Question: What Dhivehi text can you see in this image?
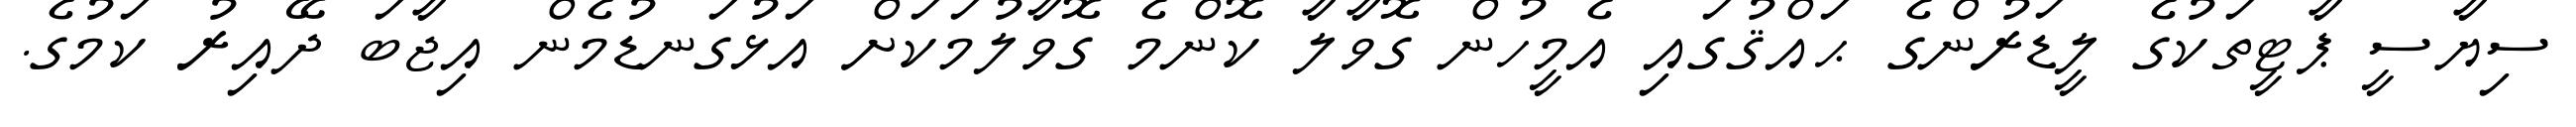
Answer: ސިޔާސީ ޕާޓީތަކުގެ ލީޑަރުންގެ ޙައްޤުގައި އެމީހުން ގޮވާލާ ކޮންމެ ގޮވާލުމަކަށް އަޅުގަނޑުމެން އިޖާބަ ދޭއިރު ކަމުގެ.